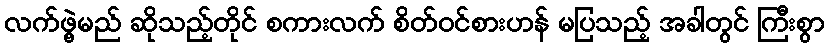
လက်ဖွဲ့မည် ဆိုသည့်တိုင် စကားလက် စိတ်ဝင်စားဟန် မပြသည့် အခါတွင် ကြီးစွာ